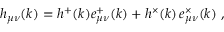
h _ { \mu \nu } ( k ) = h ^ { + } ( k ) e _ { \mu \nu } ^ { + } ( k ) + h ^ { \times } ( k ) \, e _ { \mu \nu } ^ { \times } ( k ) \ ,